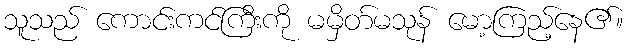
သူသည် ကောင်းကင်ကြီးကို မမှိတ်မသုန် မော့ကြည့်နေ၏။